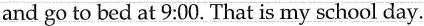
and go to bed at 9:00. That is my school day.